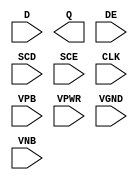
module sky130_fd_sc_hd__sedfxtp (
    //# {{data|Data Signals}}
    input  D   ,
    output Q   ,

    //# {{control|Control Signals}}
    input  DE  ,

    //# {{scanchain|Scan Chain}}
    input  SCD ,
    input  SCE ,

    //# {{clocks|Clocking}}
    input  CLK ,

    //# {{power|Power}}
    input  VPB ,
    input  VPWR,
    input  VGND,
    input  VNB
);
endmodule